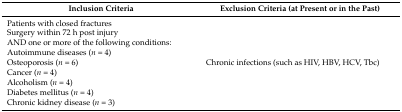
<table><thead><tr><td><b>Inclusion Criteria</b></td><td><b>Exclusion Criteria (at Present or in the Past)</b></td></tr></thead><tbody><tr><td>Patients with closed fractures </td><td rowspan="9">Chronic infections (such as HIV, HBV, HCV, Tbc)</td></tr><tr><td>Surgery within 72 h post injury </td></tr><tr><td>AND one or more of the following conditions:</td></tr><tr><td>Autoimmune diseases (<i>n</i> = 4) </td></tr><tr><td>Osteoporosis (<i>n</i> = 6) </td></tr><tr><td>Cancer (<i>n</i> = 4) </td></tr><tr><td>Alcoholism (<i>n</i> = 4) </td></tr><tr><td>Diabetes mellitus (<i>n</i> = 4) </td></tr><tr><td>Chronic kidney disease (<i>n</i> = 3)</td></tr></tbody></table>